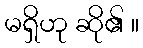
မရှိဟု ဆို၏ ။